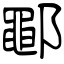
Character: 鄳